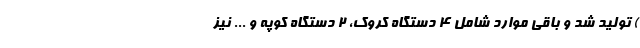
) تولید شد و باقی موارد شامل 4 دستگاه کروک، 2 دستگاه کوپه و ... نیز